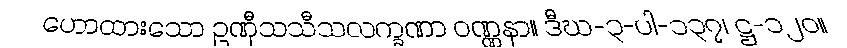
ဟောထားသော ဥဏှီသသီသလက္ခဏာ ဝဏ္ဏနာ။ ဒီဃ-၃-ပါ-၁၃၇၊ ဋ္ဌ-၁၂၀။